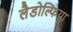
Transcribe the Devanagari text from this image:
लैडोल्फिया